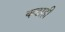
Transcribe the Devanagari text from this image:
कडाही